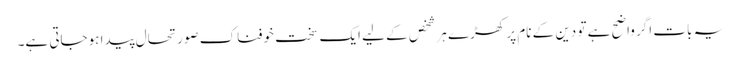
یہ بات اگر واضح ہے تو دین کے نام پر کھڑے ہر شخص کے لیے ایک سخت خوفناک صورتحال پیدا ہوجاتی ہے۔